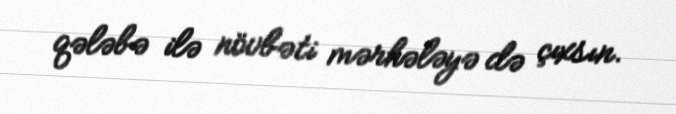
qələbə ilə növbəti mərhələyə də çıxsın.